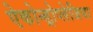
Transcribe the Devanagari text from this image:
ऐकोन्ड्रोप्लेजिया